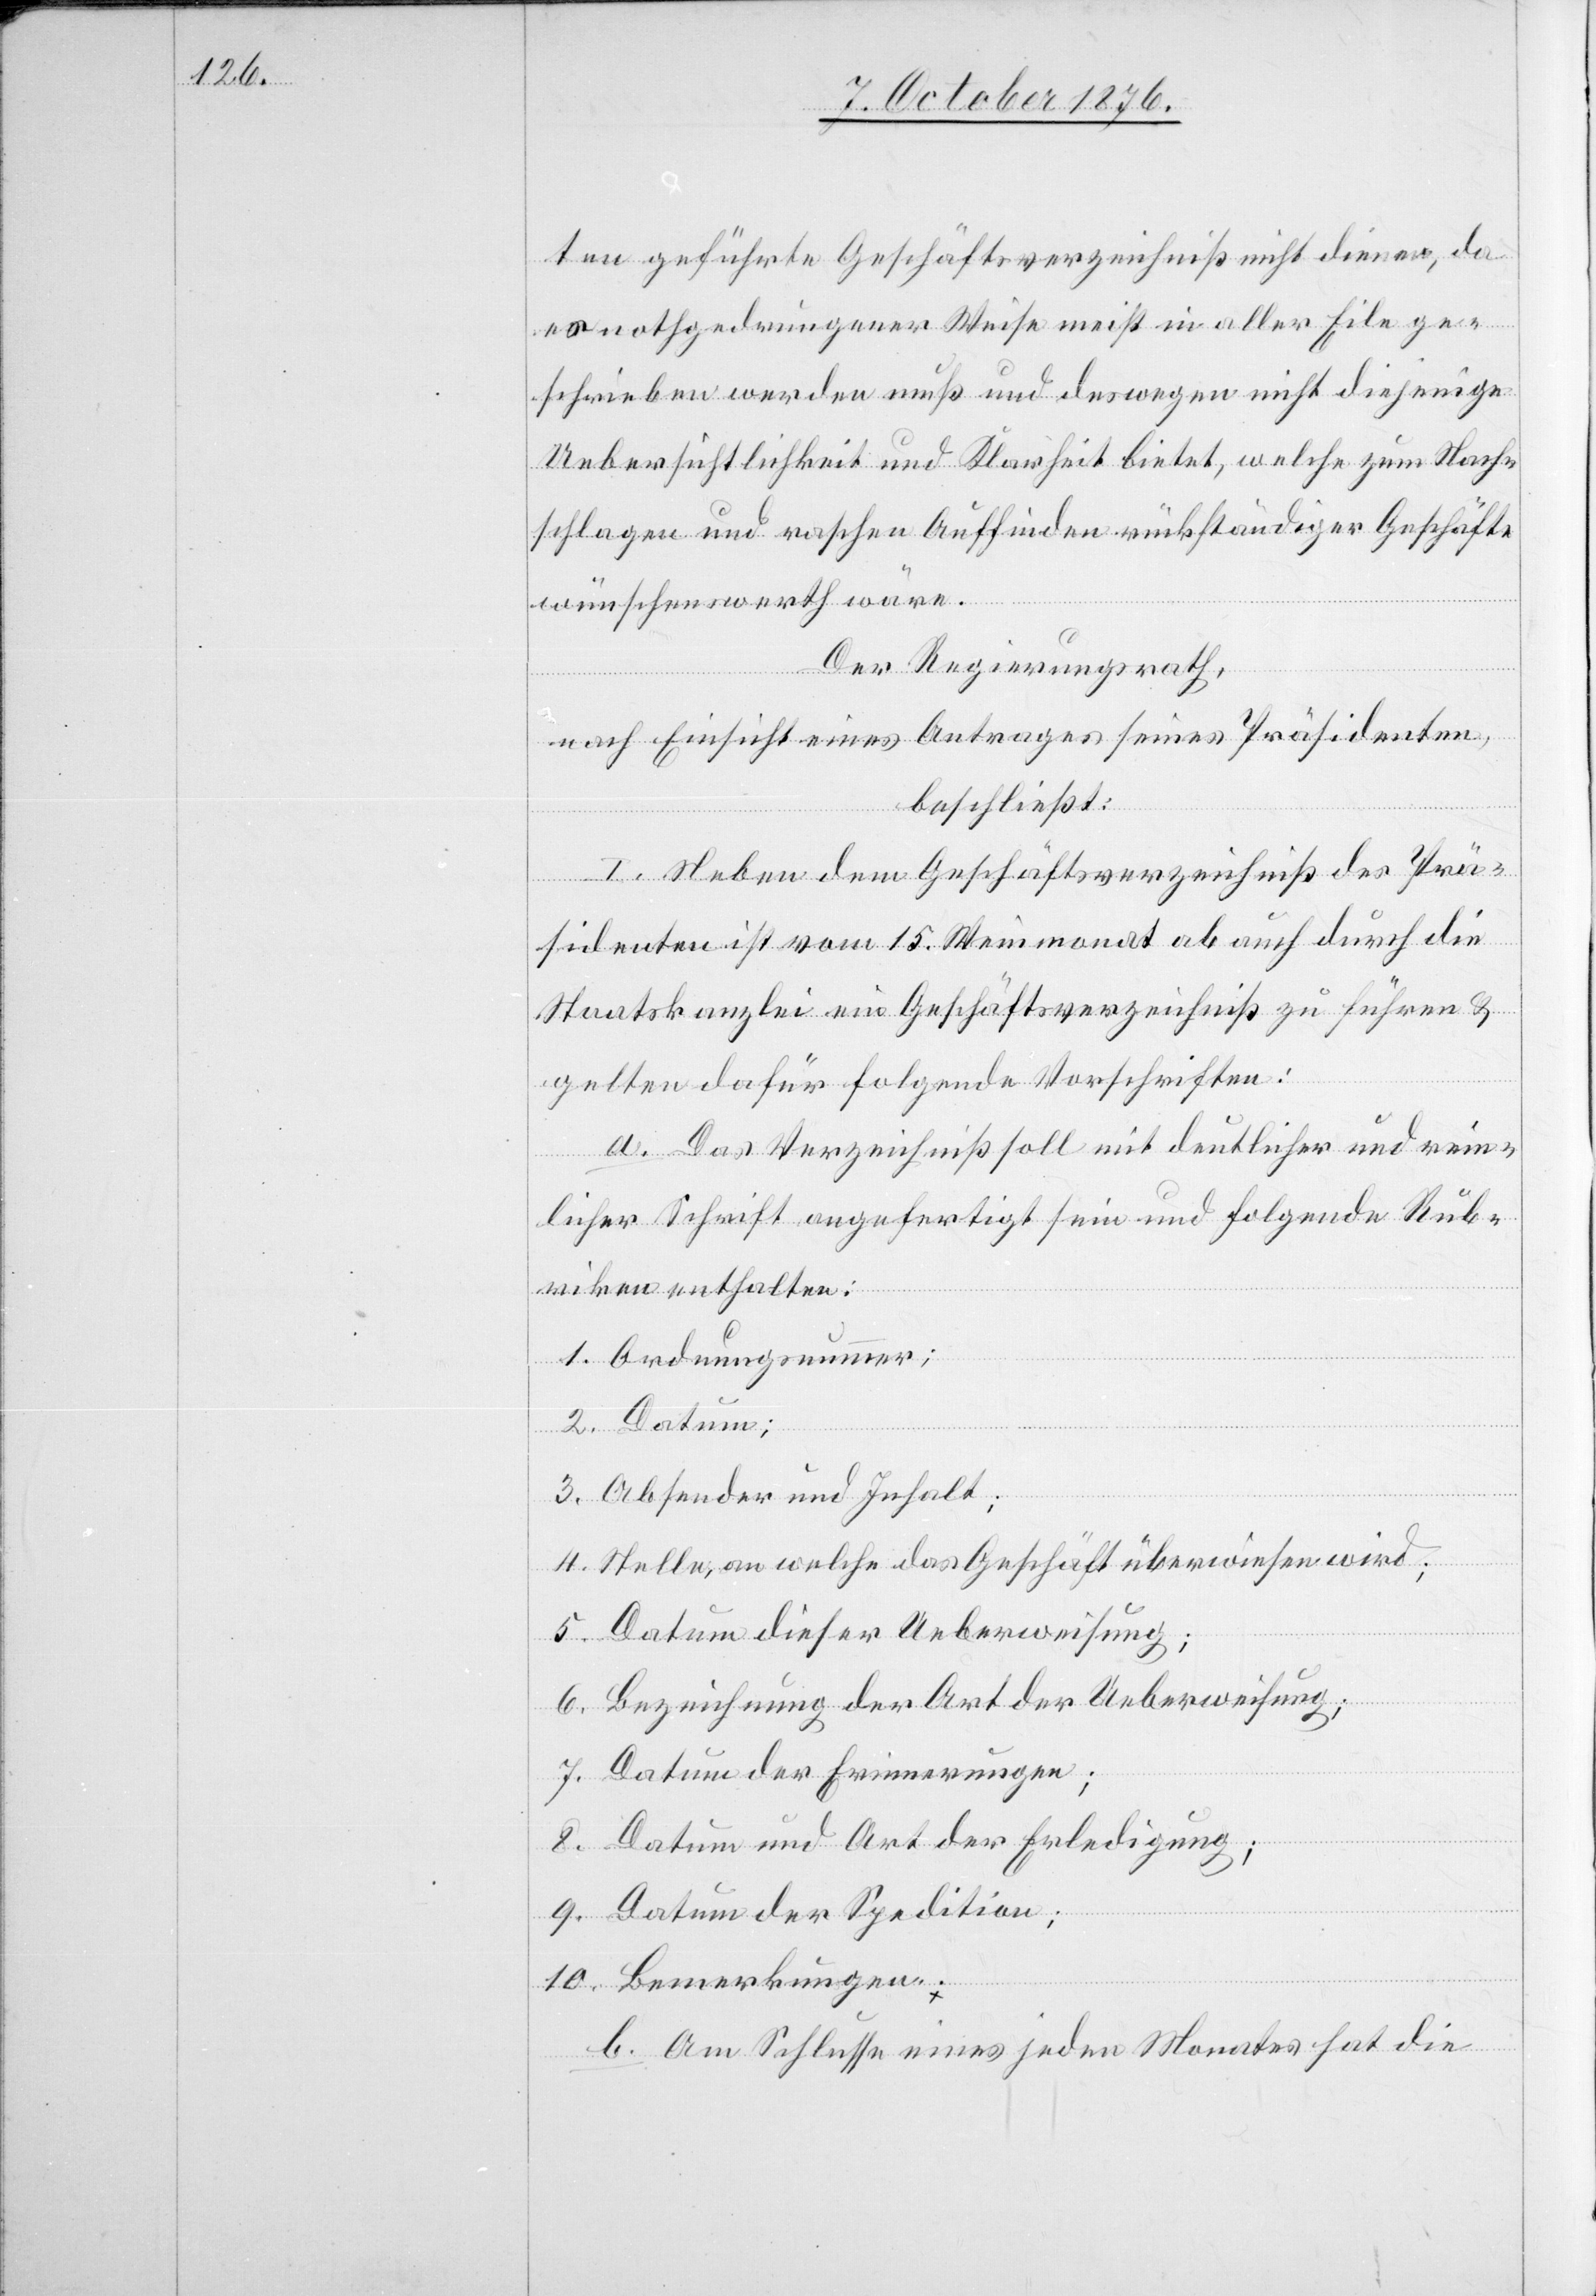
ten geführte Geschäftsverzeichniß nicht dienen, da
es nothgedrungener Weise meist in aller Eile ge¬
schrieben werden muß und deswegen nicht diejenige
Uebersichtlichkeit und Klarheit bietet, welche zum Nach¬
schlagen und raschen Auffinden rückständiger Geschäfte
wünschenswerth wäre.
Der Regierungsrath,
nach Einsicht eines Antrages seines Präsidenten,
beschließt:
I. Neben dem Geschäftsverzeichniß des Prä¬
sidenten ist vom 15. Weinmonat ab auch durch die
Staatskanzlei ein Geschäftsverzeichniß zu führen &
gelten dafür folgende Vorschriften:
a. Das Verzeichniß soll mit deutlicher und rein¬
licher Schrift angefertigt sein und folgende Rub¬
riken enthalten:
1. Ordnungsnummer;
2. Datum;
3. Absender und Inhalt;
4. Stelle, an welche das Geschäft überwiesen wird;
5. Datum dieser Ueberweisung;
6. Bezeichnung der Art der Ueberweisung;
7. Datum der Erinnerungen;
8. Datum und Art der Erledigung;
9. Datum der Spedition;
10. Bemerkungen.
b. Am Schlusse eines jeden Monates hat die